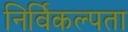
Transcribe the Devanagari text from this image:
निर्विकल्पता